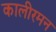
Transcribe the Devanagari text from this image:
कालीरमन